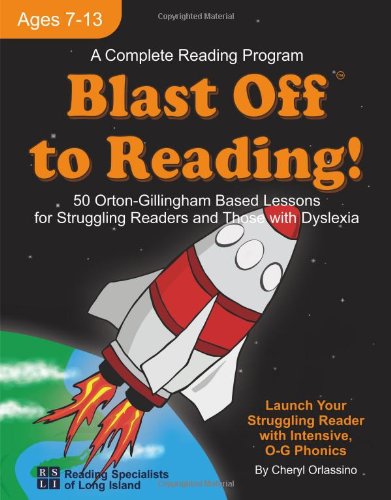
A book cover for Blast Off to Reading!: 50 Orton-Gillingham Based Lessons for Struggling Readers and Those with Dyslexia; Cheryl Orlassino; Education & Teaching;